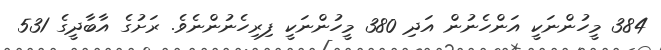
384 މީހުންނަކީ އަންހެނުން އަދި 380 މީހުންނަކީ ފިރިހެނުންނެވެ. ރަށުގެ އާބާދީގެ 531